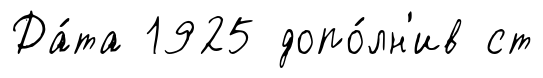
Да́та 1925 допо́лн'ив ст